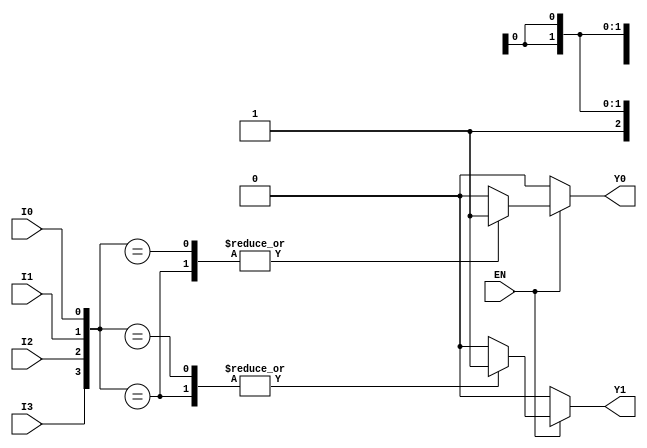
module Encoder4to2 (
    input wire I0,    // Input 0
    input wire I1,    // Input 1
    input wire I2,    // Input 2
    input wire I3,    // Input 3
    input wire EN,    // Enable signal
    output reg Y0,    // Output 0
    output reg Y1     // Output 1
);

// Combinational logic for the encoder
always @(*) begin
    if (!EN) begin
        // If enable is low, output default state (00)
        Y0 = 1'b0;
        Y1 = 1'b0;
    end else begin
        // Priority encoding logic
        case ({I3, I2, I1, I0}) // Concatenate inputs for priority detection
            4'b1xxx: begin // I3 is high
                Y0 = 1'b1;
                Y1 = 1'b1;
            end
            4'b01xx: begin // I2 is high
                Y0 = 1'b0;
                Y1 = 1'b1;
            end
            4'b001x: begin // I1 is high
                Y0 = 1'b1;
                Y1 = 1'b0;
            end
            4'b0001: begin // I0 is high
                Y0 = 1'b0;
                Y1 = 1'b0;
            end
            default: begin // No valid input
                Y0 = 1'b0;
                Y1 = 1'b0;
            end
        endcase
    end
end

endmodule